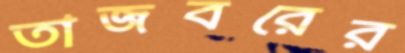
তাজবরের